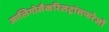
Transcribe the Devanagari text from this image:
आलिगोसैकरिलट्रांसफरेजों